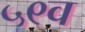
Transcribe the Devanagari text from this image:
५९व